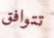
تتوافق